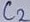
Text: C2